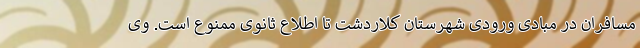
مسافران در مبادی ورودی شهرستان کلاردشت تا اطلاع ثانوی ممنوع است. وی